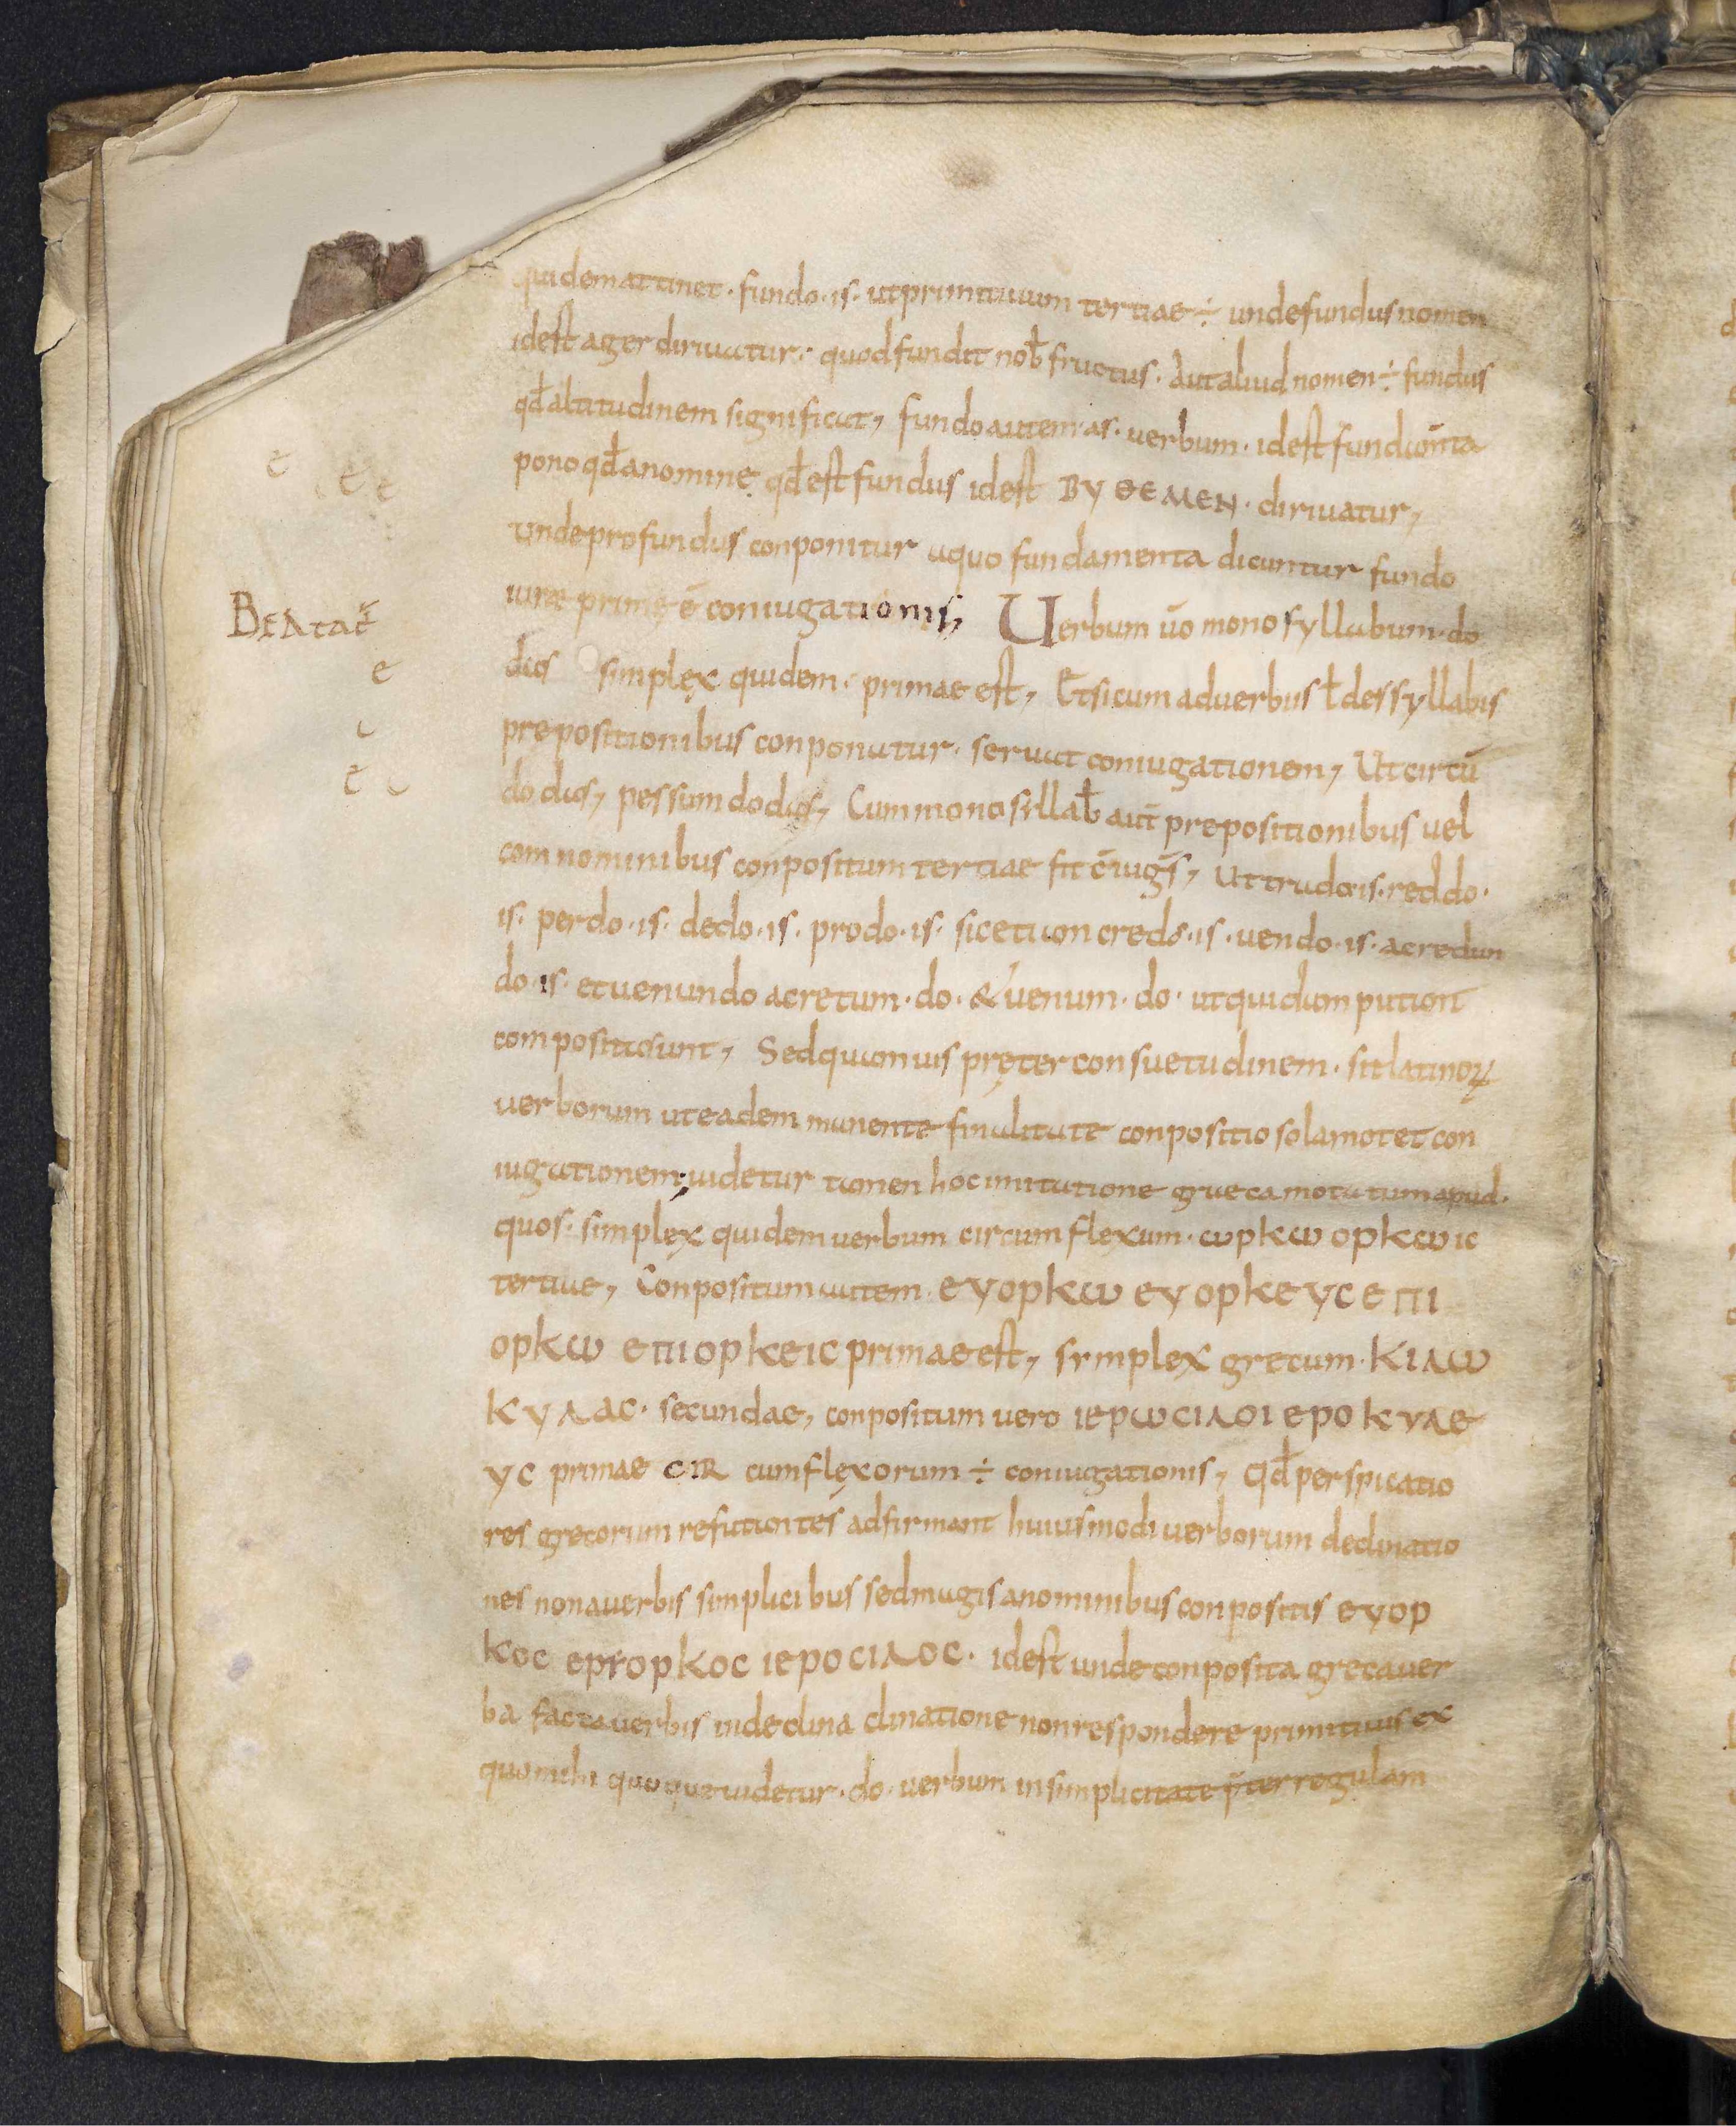
Shelfmark: Leiden, Bibliotheek der Rijksuniversiteit, Voss. Lat. O 41
Century: 9